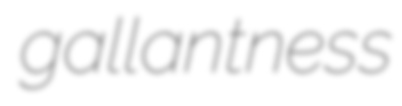
gallantness